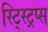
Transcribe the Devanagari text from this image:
स्ट्स्ट्रिप्स